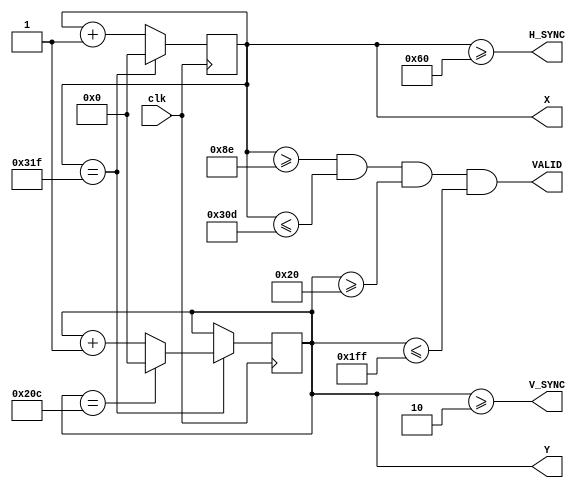
module VGACounter(clk, H_SYNC, V_SYNC, VALID, X, Y);
	input clk;
	output H_SYNC;
	output V_SYNC;
	output VALID;//1
	output [9:0]X;
	output [9:0]Y;//

	/*
	
	
	
	*/

	reg [9:0]H_counter = 0;
	reg [9:0]V_counter = 0;

	always @(posedge clk) begin
		if(H_counter == 10'd799) begin
			H_counter <= 0;
		end else begin
			H_counter <= H_counter + 1;
		end
	end

	always @(posedge clk) begin
		if(H_counter == 10'd799) begin
			if(V_counter == 10'd524) begin
				V_counter <= 0;
			end else begin
				V_counter <= V_counter + 1;
			end
		end else begin
			V_counter <= V_counter;
		end
	end

	assign H_SYNC = (H_counter >= 10'd96);
	assign V_SYNC = (V_counter >= 10'd2);

	//assign VALID=(H_counter>=10'd143)&&(H_counter<=10'd782)
	//				&&(V_counter>=10'd32)&&(V_counter<=10'd511);
	assign VALID = (H_counter >= 10'd142) && (H_counter <= 10'd781)
				&& (V_counter >= 10'd32) && (V_counter <= 10'd511);
	//RGBVALID

	assign X = H_counter;
	assign Y = V_counter;
endmodule